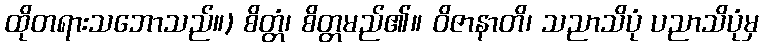
ထိုတရားသဘောသည်။) စိတ္တံ၊ စိတ္တမည်၏။ ဝိဇာနာတိ၊ သညာသိပုံ ပညာသိပုံမှ